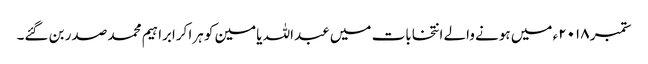
ستمبر ۲۰۱۸ء میں ہونے والے انتخابات میں عبداللہ یامین کو ہرا کرابراہیم محمد صدر بن گئے۔